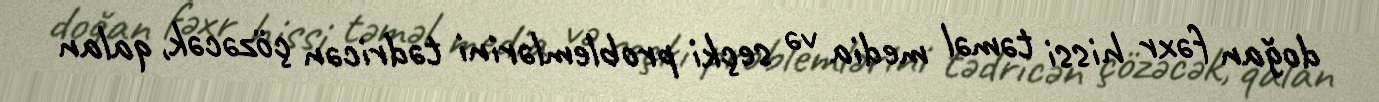
doğan fəxr hissi təməl media və seçki problemlərini tədricən çözəcək, qalan